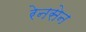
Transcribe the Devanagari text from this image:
रेनसेन